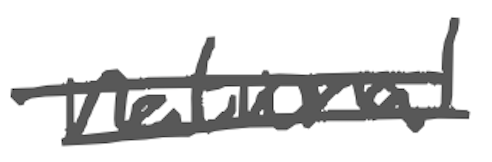
Text: national
Cross-out: double-line
Writing tool: digital_gray